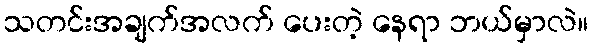
သတင်းအချက်အလက် ပေးတဲ့ နေရာ ဘယ်မှာလဲ။